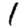
Digit: 1